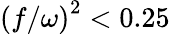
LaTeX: \left(f/\omega\right)^{2}<0.25